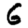
Digit: 6